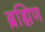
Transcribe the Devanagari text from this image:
ब्रह्मिण